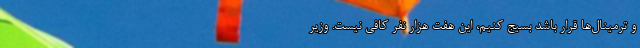
و ترمینال‌ها قرار باشد بسیج کنیم، این هفت هزار نفر کافی نیست. وزیر